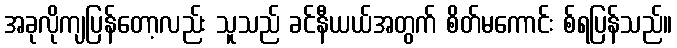
အခုလိုကျပြန်တော့လည်း သူသည် ခင်နီယယ်အတွက် စိတ်မကောင်း စ်ရပြန်သည်။